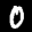
Label: 0